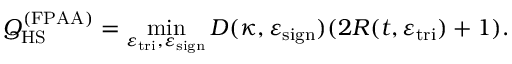
Q _ { \mathrm { H S } } ^ { ( \mathrm { F P A A } ) } = \operatorname* { m i n } _ { \varepsilon _ { \mathrm { t r i } } , \varepsilon _ { \mathrm { s i g n } } } D ( \kappa , \varepsilon _ { \mathrm { s i g n } } ) ( 2 R ( t , \varepsilon _ { \mathrm { t r i } } ) + 1 ) .